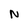
Character: N